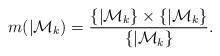
LaTeX: \begin{align*}m( | \mathcal{M}_{k})=\frac{\{ | \mathcal{M}_{k}\} \times \{ | \mathcal{M}_{k}\}}{\{ | \mathcal{M}_{k}\}}.\end{align*}